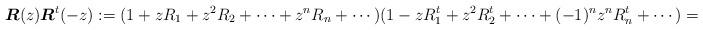
LaTeX: \begin{align*}\mbox{\boldmath $R$}(z)\mbox{\boldmath $R$}^t(-z) :=(1 + z R_1 + z^2 R_2 + \cdots + z^n R_n + \cdots)(1 - z R_1^t + z^2 R_2^t + \cdots + (-1)^n z^n R_n^t + \cdots)= 1\end{align*}